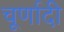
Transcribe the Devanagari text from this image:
चूर्णादी